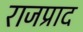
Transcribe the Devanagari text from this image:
राजप्राद